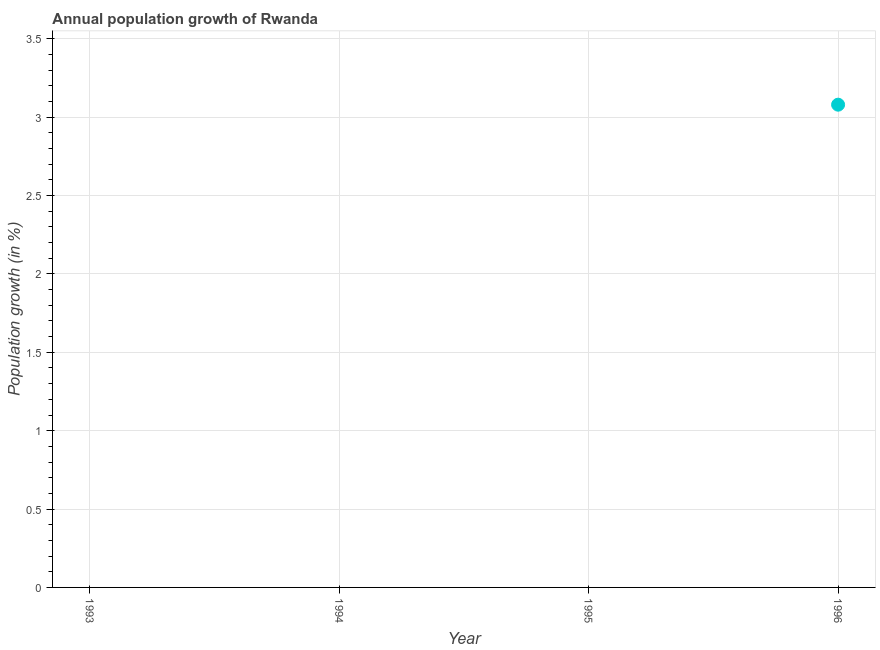
| Year | Population growth |
 | --- | --- |
 | 1993 | -6.34 |
 | 1994 | -4.95 |
 | 1995 | -1.4 |
 | 1996 | 3.08 |